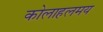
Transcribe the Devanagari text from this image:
कोलाहलमय